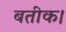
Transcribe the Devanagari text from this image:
बतीक।